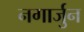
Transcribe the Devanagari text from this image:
नगार्जुन